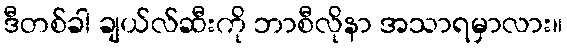
ဒီတစ်ခါ ချယ်လ်ဆီးကို ဘာစီလိုနာ အသာရမှာလား။